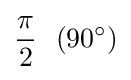
{\pi  \over 2}\ \ (90^{\circ })